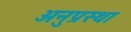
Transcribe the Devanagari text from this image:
अनुप्रस्था